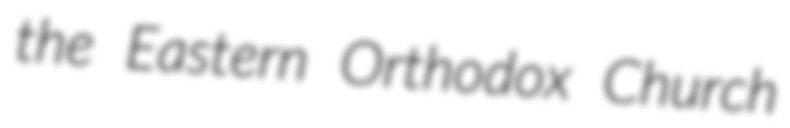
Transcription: the Eastern Orthodox Church